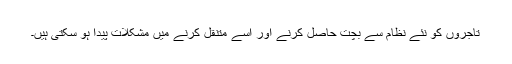
تاجروں کو نئے نظام سے بچت حاصل کرنے اور اسے متنقل کرنے میں مشکلات پیدا ہو سکتی ہیں۔